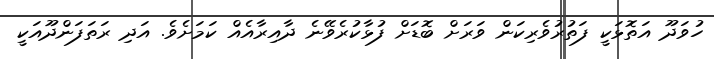
ހުވަދޫ އަތޮޅަކީ ފަތުރުވެރިކަން ވަރަށް ބޮޑަށް ފުޅާކުރެވޭނެ ދާއިރާއެއް ކަމަށެވެ. އަދި ރަތަފަންދޫއަކީ